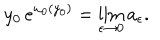
y _ { 0 } \, e ^ { \omega _ { 0 } ( y _ { 0 } ) } = \lim _ { \epsilon \to 0 } a _ { \epsilon } .